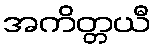
အကိတ္တယီ